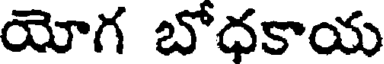
యోగ బోధకాయ